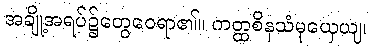
အချို့အရပ်၌တွေဝေရာ၏။ ကတ္ထစိနသံမုယှေယျ၊